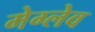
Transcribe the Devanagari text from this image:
मेग्लेव